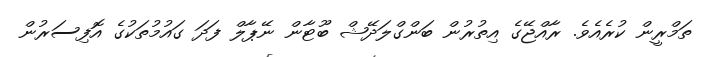
ތަމްރީން ކުރެއެވެ. ރާއްޖޭގެ އިތުރުން ބަންގްލަދޭޝް ބޫޓާން ނޭޕާލް ފަދަ ގައުމުތަކުގެ އޮފިސަރުން